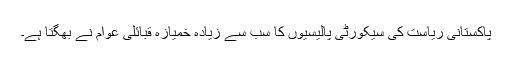
پاکستانی ریاست کی سیکورٹی پالیسیوں کا سب سے زیادہ خمیازہ قبائلی عوام نے بھگتا ہے۔